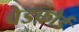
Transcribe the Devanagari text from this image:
वेडफ़ोर्ड